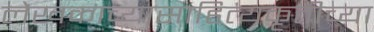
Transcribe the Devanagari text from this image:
लेखकाच्यासाहित्यकृतीच्या